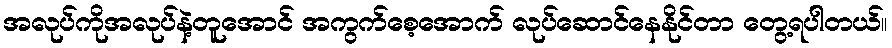
အလုပ်ကိုအလုပ်နဲ့တူအောင် အကွက်စေ့အောက် လုပ်ဆောင်နေနိုင်တာ တွေ့ရပါတယ်။